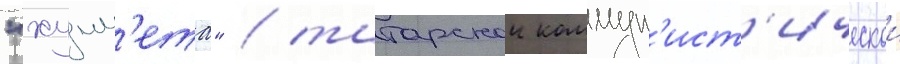
"хумм'ета" / татарскои коммун'ист'ическои